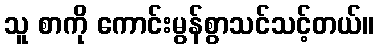
သူ စာကို ကောင်းမွန်စွာသင်သင့်တယ်။